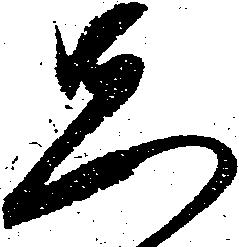
先